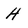
Character: H